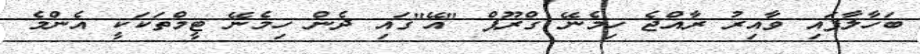
ބަހާލާފައި ވާއިރު ރާއްޖެ ހިމެނޭ ގްރޫޕް "އޭ"ގައި ދެން ހިމެނޭ ޓީމްތަކަކީ އެންމެ